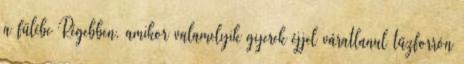
a fülébe Régebben, amikor valamelyik gyerek éjjel váratlanul tűzforrón